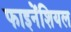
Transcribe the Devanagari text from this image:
फाइनेंशियल